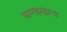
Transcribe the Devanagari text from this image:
समझझना